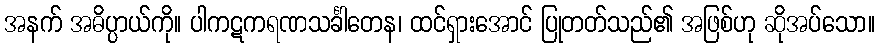
အနက် အဓိပ္ပာယ်ကို။ ပါကဋကရဏသင်္ခါတေန၊ ထင်ရှားအောင် ပြုတတ်သည်၏ အဖြစ်ဟု ဆိုအပ်သော။